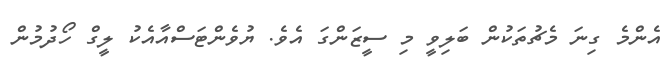
އެންމެ ގިނަ މެޗުތަކުން ބަލިވީ މި ސީޒަންގަ އެވެ. ޔުވެންޓަސްއާއެކު ލީގް ހޯދުމުން